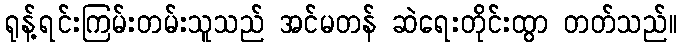
ရုန့်ရင်းကြမ်းတမ်းသူသည် အင်မတန် ဆဲရေးတိုင်းထွာ တတ်သည်။